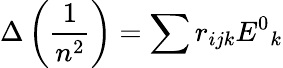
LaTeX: \Delta\left(\frac{1}{n^{2}}\right)=\sum r{_{ijk}}E{^0}{_k}